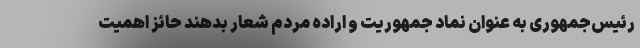
رئیس‌جمهوری به عنوان نماد جمهوریت و اراده مردم شعار بدهند حائز اهمیت